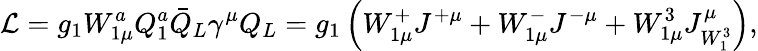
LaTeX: \mathcal{L}=g_{1}W_{1\mu}^{a}Q_{1}^{a}\bar{Q}_{L}\gamma^{\mu}Q_{L}=g_{1}\left(W_{1\mu}^{+}J^{+\mu}+W_{1\mu}^{-}J^{-\mu}+W_{1\mu}^{3}J_{W_{1}^{3}}^{\mu}\right),